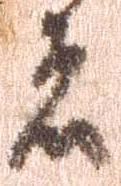
者